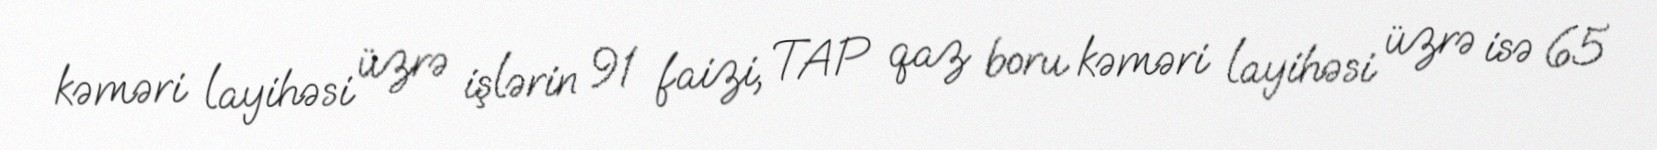
kəməri layihəsi üzrə işlərin 91 faizi, TAP qaz boru kəməri layihəsi üzrə isə 65